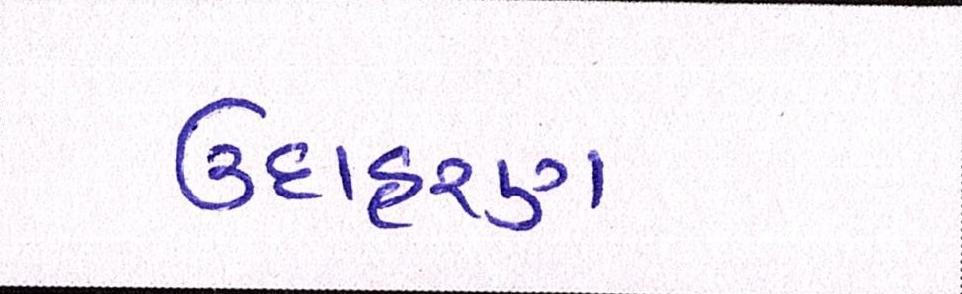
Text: ઉદાહરણ